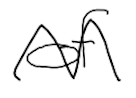
Text: of
Cross-out: zig-zag
Writing tool: digital_black